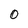
Character: O